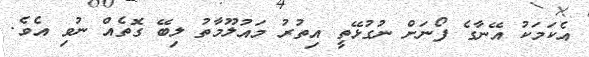
އެކަމަކު އޭނާގެ ފޯނަށް ނުގުޅޭތީ އިތުރު މައުލޫމާތު ލިބޭ ގޮތެއް ނުވި އެވެ.